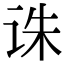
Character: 诛